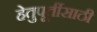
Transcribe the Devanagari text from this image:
हेतुपूर्तीसाठी